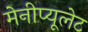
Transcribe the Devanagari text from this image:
मेनीप्यूलेट